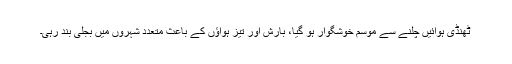
ٹھنڈی ہوائیں چلنے سے موسم خوشگوار ہو گیا، بارش اور تیز ہواؤں کے باعث متعدد شہروں میں بجلی بند رہی۔